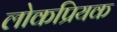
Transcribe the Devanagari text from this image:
लोकप्रियक